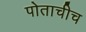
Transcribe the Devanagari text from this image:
पोताचीच